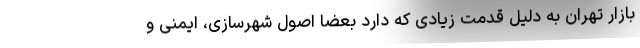
بازار تهران به دلیل قدمت زیادی که دارد بعضاً اصول شهرسازی، ایمنی و